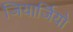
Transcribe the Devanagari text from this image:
जियार्जियो